Civil Veterinary Department. United Provinces 1932-42 - 1932-1942
Year: 1932
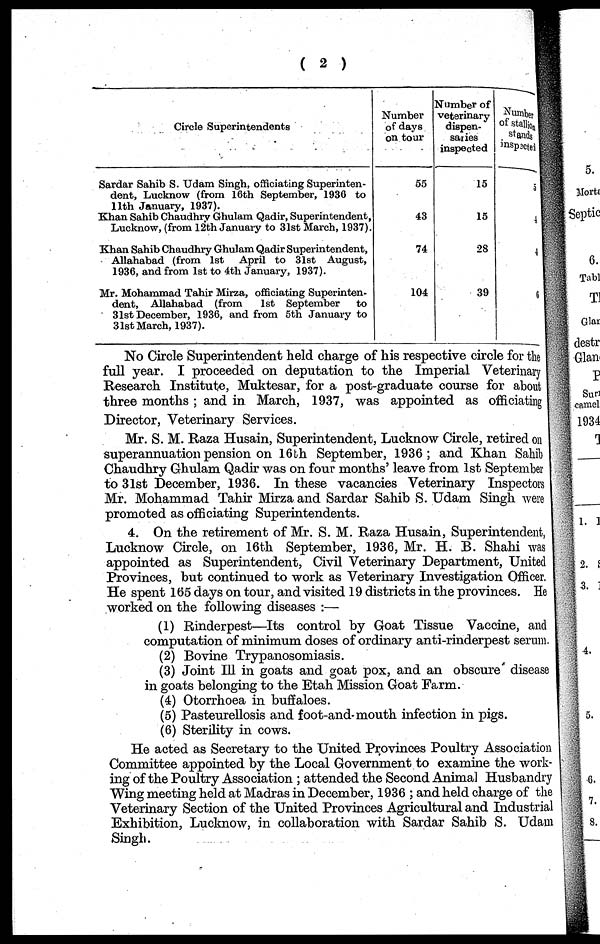
( 2 )
Circle Superintendents
Sardar Sahib S. Udam Singh, officiating Superinten-
dent, Lucknow (from 16th September, 1936 to
11th January, 1937).
Khan Sahib Chaudhry Ghulam Qadir, Superintendent,
Lucknow, (from 12th January to 31st March, 1937).
Khan Sahib Chaudhry Ghulam Qadir Superintendent,
Allahabad (from 1st April to 31st August,
1936, and from 1st to 4th January, 1937).
Mr. Mohammad Tahir Mirza, officiating Superinten-
dent, Allahabad (from
1st September
to
31st December, 1936, and from 5th January to
31st March, 1937).
Number
of days
on tour
55
43
74
104
Number of
veterinary
dispen-
saries
inspected
15
15
28
39
Number
of stallion
stands
5
4
4
6
No Circle Superintendent held charge of his respective circle for the
full year. I proceeded on deputation to the Imperial Veterinary
Research Institute, Muktesar, for a post-graduate course for about
three months; and in March, 1937, was appointed as officiating
Director, Veterinary Services.
Mr. S. M. Raza Husain, Superintendent, Lucknow Circle, retired on
superannuation pension on 16th September, 1936; and Khan Sahib
Chaudhry Ghulam Qadir was on four months' leave from 1st September
to 31st December, 1936. In these vacancies Veterinary Inspectors
Mr. Mohammad Tahir Mirza and Sardar Sahib S. Udam Singh were
promoted as officiating Superintendents.
4. On the retirement of Mr. S. M. Raza Husain, Superintendent,
Lucknow Circle, on 16th September, 1936, Mr. H. B. Shahi was
appointed as Superintendent, Civil Veterinary Department, United
Provinces, but continued to work as Veterinary Investigation Officer.
He spent 165 days on tour, and visited 19 districts in the provinces. He
worked on the following diseases:—
(1) Rinderpest—Its control by Goat Tissue Vaccine, and
computation of minimum doses of ordinary anti-rinderpest serum.
(2) Bovine Trypanosomiasis.
(3) Joint Ill in goats and goat pox, and an obscure disease
in goats belonging to the Etah Mission Goat Farm.
(4) Otorrhoea in buffaloes.
(5) Pasteurellosis and foot-and-mouth infection in pigs.
(6) Sterility in cows.
He acted as Secretary to the United Provinces Poultry Association
Committee appointed by the Local Government to examine the work-
ing of the Poultry Association; attended the Second Animal Husbandry
Wing meeting held at Madras in December, 1936; and held charge of the
Veterinary Section of the United Provinces Agricultural and Industrial
Exhibition, Lucknow, in collaboration with Sardar Sahib S. Udam
Singh.